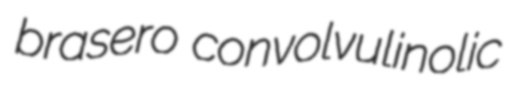
brasero convolvulinolic